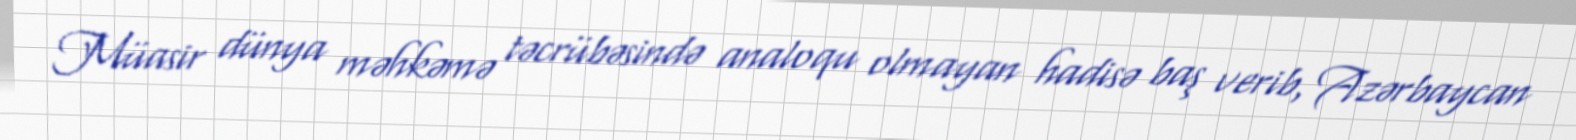
Müasir dünya məhkəmə təcrübəsində analoqu olmayan hadisə baş verib, Azərbaycan